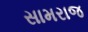
સામરાજ